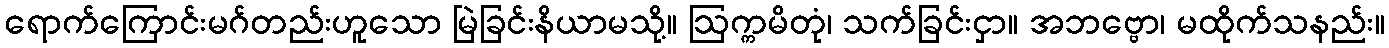
ရောက်ကြောင်းမဂ်တည်းဟူသော မြဲခြင်းနိယာမသို့။ ဩက္ကမိတုံ၊ သက်ခြင်းငှာ။ အဘဗ္ဗော၊ မထိုက်သနည်း။